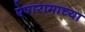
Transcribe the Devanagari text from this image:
ऐषारामाच्या